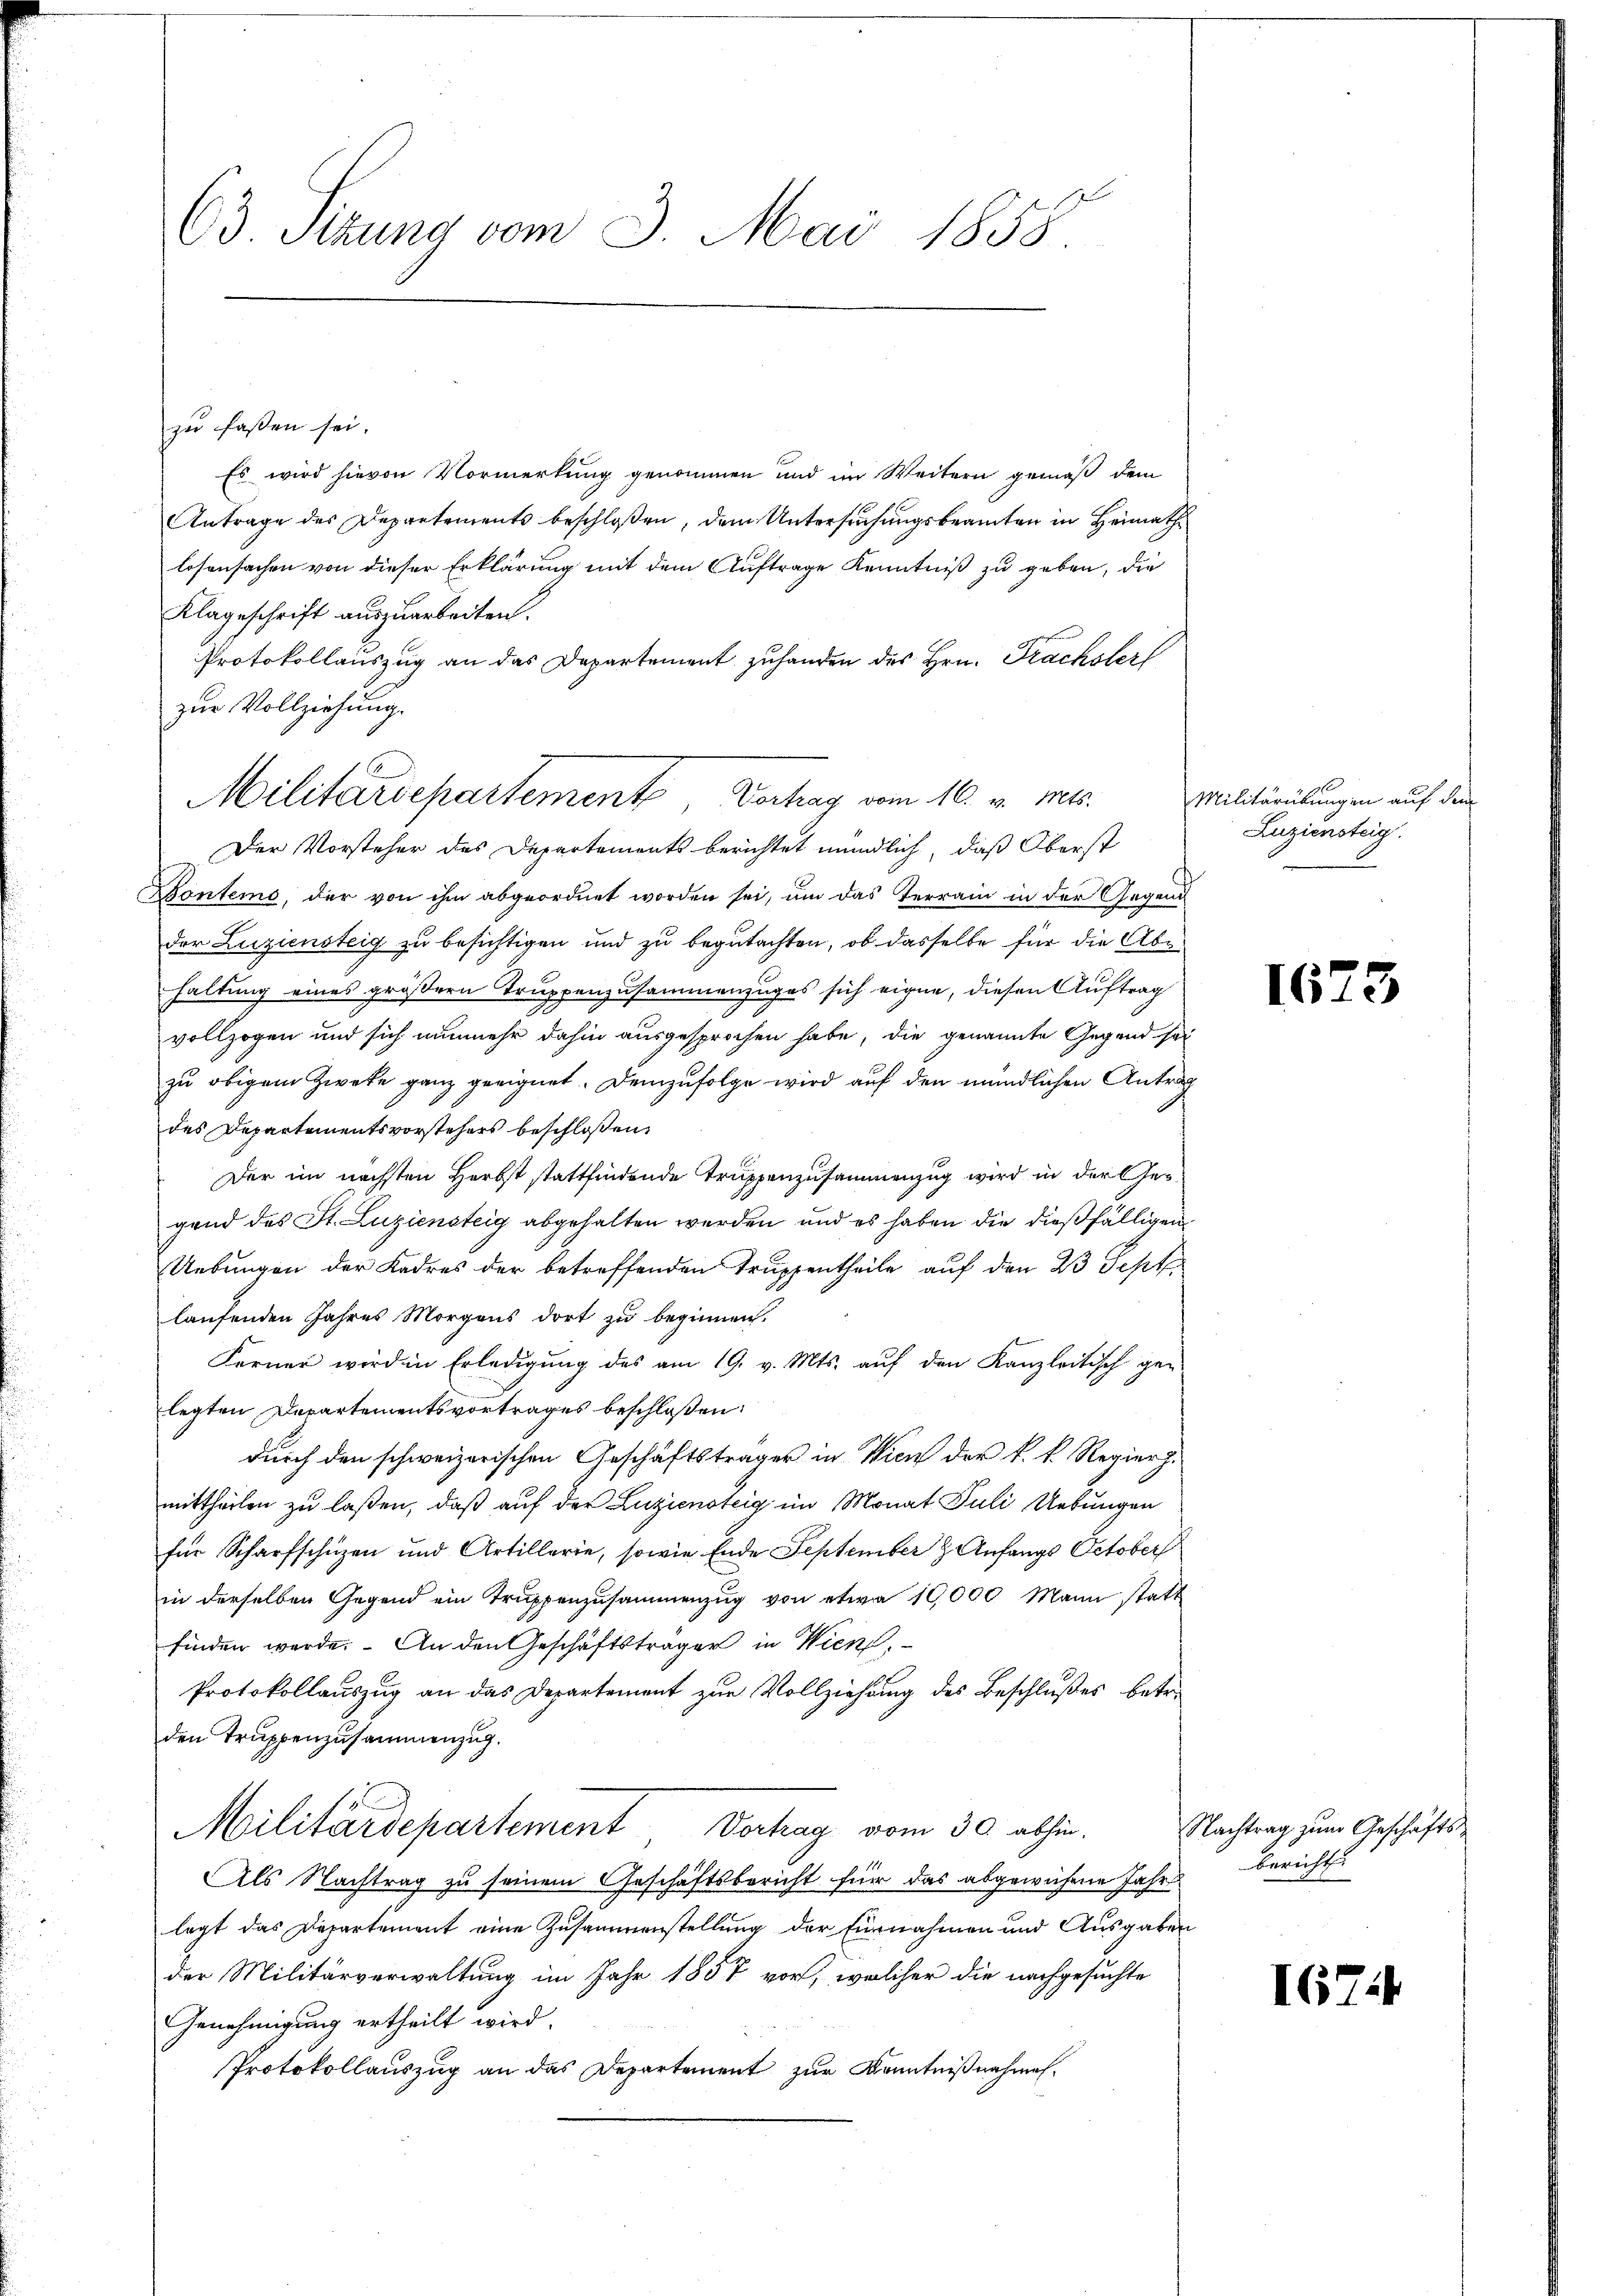
63 Sizung vom 3. Mai 1858

zu fassen sei.
Es wird hievon Vormerkung genommen und im Weitern gemäß dem
Antrage des Departements beschloßen, dem Untersuchungsbeamten in Heimath
losensachen von dieser Erklärung mit dem Auftrage Kenntniß zu geben, die
Klageschrift auszuarbeiten.
Protokollauszug an das Departement zuhanden des Hrn. Frachsterf
zur Vollziehung.
Der Vorsteher des Departements berichtet mündlich, daß Oberst
Donteme, der von ihm abgeordnet worden sei, um das Terrain in der Gegend
der Zuziensteig zu besichtigen und zu begutachten, ob dasselbe für die Abhaltung eines größern Truppenzusammenzuges sich eigne, diesen Auftrag
vollzogen und sich nunmehr dahin ausgesprochen habe, die genannte Gegend sei
zu obigem Zwecke ganz geeignet. Demzufolge wird auf den mündlichen Antrag
des Departementsvorstehers beschloßen:
Der im nächsten Herbst stattfindende Truppenzusammenzug wird in der Gegend des St. Luziensteig abgehalten werden, und es haben die dießfälligen
Uebungen der Kadres der betreffenden Truppentheile auf den 23 Sept.
laufenden Jahres Morgens dort zu beginnen.
Ferner wird in Erledigung des am 19. v. Mts. auf den Kanzleitisch ge-
legten Departementsvortrages beschloßen:
durch den schweizerischen Geschäftsträger in Wien der k. k. Regier.
mittheilen zu laßen, daß auf der Luziensteig im Monat Juli Uebungen
für Scharfschüzen und Artillerie, sowie Ende September H. Anfangs October
in derselben Gegend ein Truppenzusammenzug von etwa 19,000 Mann statt
finden werde. An den Geschäftsträger in Wien,
Protokollauszug an das Departement zur Vollziehung des Beschlußes betr.
den Truppenzusammenzug.
Militärdepartement Verhag vom 30. abhin.
Als Nachtrag zu seinem Geschäftsbericht für das abgewiesene Jahre bericht
legt das Departement eine Zusammenstellung der Einnahmen und Ausgaben
der Militärverwaltung im Jahr 1857 vor, welcher die nachgesuchte
Genehmigung ertheilt wird.
Protokollauszug an das Departement zur Kenntnißnahmen¬

Militärdepartement, Vortrag vom 16. v. Mts.

Militärübungen auf dem
Zuziensteig.

1673

Nachtrag zum Geschäfts¬

1674